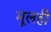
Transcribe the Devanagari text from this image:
मूलही